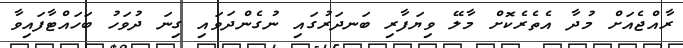
ރާއްޖެއަށް މުދާ އެތެރެކޮށް މާލޭ ވިޔަފާރި ބަނދަރުގައި ނުގެންދަވައި ގިނަ ދުވަހު ބަހައްޓާފައިވާ